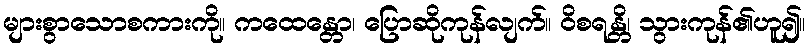
များစွာသောစကားကို။ ကထေန္တော၊ ပြောဆိုကုန်လျက်။ ဝိစရန္တိ၊ သွားကုန်၏ဟူ၍။